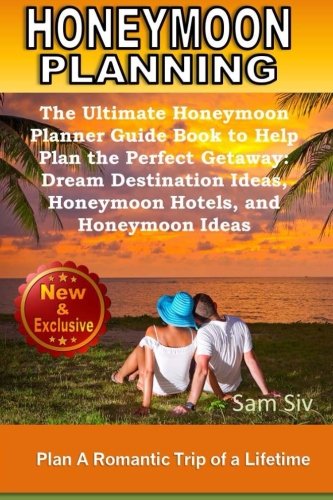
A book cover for Honeymoon Planning: Plan a Romantic Trip of a Lifetime: The Ultimate Honeymoon Planner Guide Book to Help Plan the Perfect Getaway: Dream Destination ... Ideas (Wedding by Sam Siv) (Volume 20); Sam Siv; Crafts, Hobbies & Home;